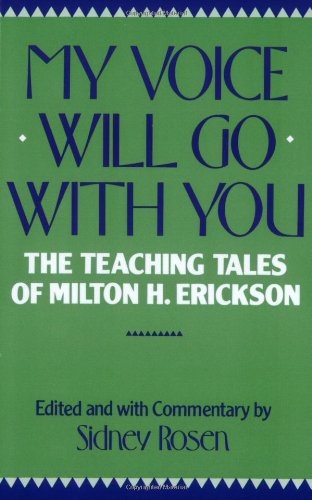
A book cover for My Voice Will Go with You: The Teaching Tales of Milton H. Erickson; Health, Fitness & Dieting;